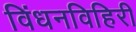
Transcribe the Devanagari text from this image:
विंधनविहिरी